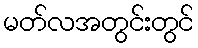
မတ်လအတွင်းတွင်